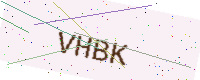
Text: VHBK